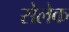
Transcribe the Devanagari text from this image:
सेलेक